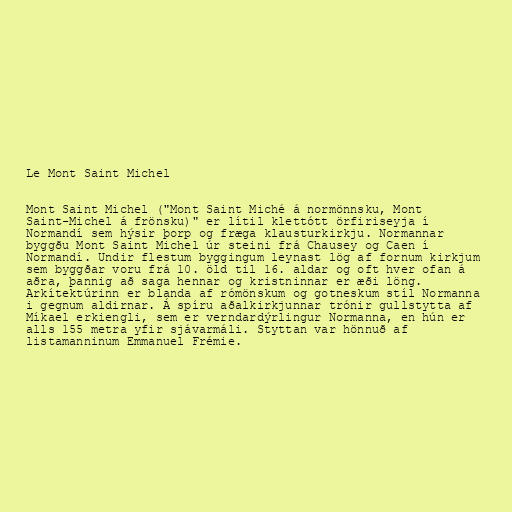
Le Mont Saint Michel

Mont Saint Michel ("Mont Saint Miché á normönnsku, Mont
Saint-Michel á frönsku)" er lítil klettótt örfiriseyja í
Normandí sem hýsir þorp og fræga klausturkirkju. Normannar
byggðu Mont Saint Michel úr steini frá Chausey og Caen í
Normandí. Undir flestum byggingum leynast lög af fornum kirkjum
sem byggðar voru frá 10. öld til 16. aldar og oft hver ofan á
aðra, þannig að saga hennar og kristninnar er æði löng.
Arkítektúrinn er blanda af rómönskum og gotneskum stíl Normanna
i gegnum aldirnar. Á spíru aðalkirkjunnar trónir gullstytta af
Míkael erkiengli, sem er verndardýrlingur Normanna, en hún er
alls 155 metra yfir sjávarmáli. Styttan var hönnuð af
listamanninum Emmanuel Frémie.